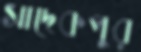
সাদেকপুর